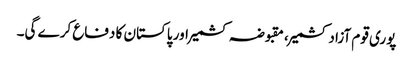
پوری قوم آزاد کشمیر، مقبوضہ کشمیر اور پاکستان کا دفاع کرے گی۔